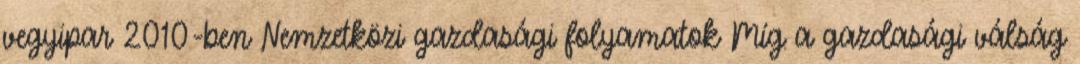
vegyipar 2010-ben Nemzetközi gazdasági folyamatok Míg a gazdasági válság